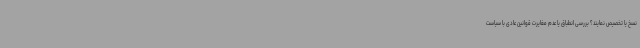
نسخ یا تخصیص نمایند؟ بررسی انطباق یا عدم مغایرت قوانین عادی با سیاست